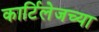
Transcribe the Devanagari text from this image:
कार्टिलेजच्या